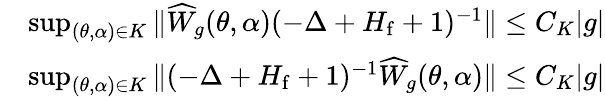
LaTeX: \begin{array}{rl}&{\operatorname*{sup}_{(\theta,\alpha)\in K}\| \widehat{W}_{g}(\theta,\alpha)(-\Delta+H_{\mathrm{f}}+1)^{-1}\| \leq C_{K}|g|}\\ &{\operatorname*{sup}_{(\theta,\alpha)\in K}\| (-\Delta+H_{\mathrm{f}}+1)^{-1}\widehat{W}_{g}(\theta,\alpha)\| \leq C_{K}|g|}\end{array}